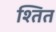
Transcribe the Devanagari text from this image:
श्तित